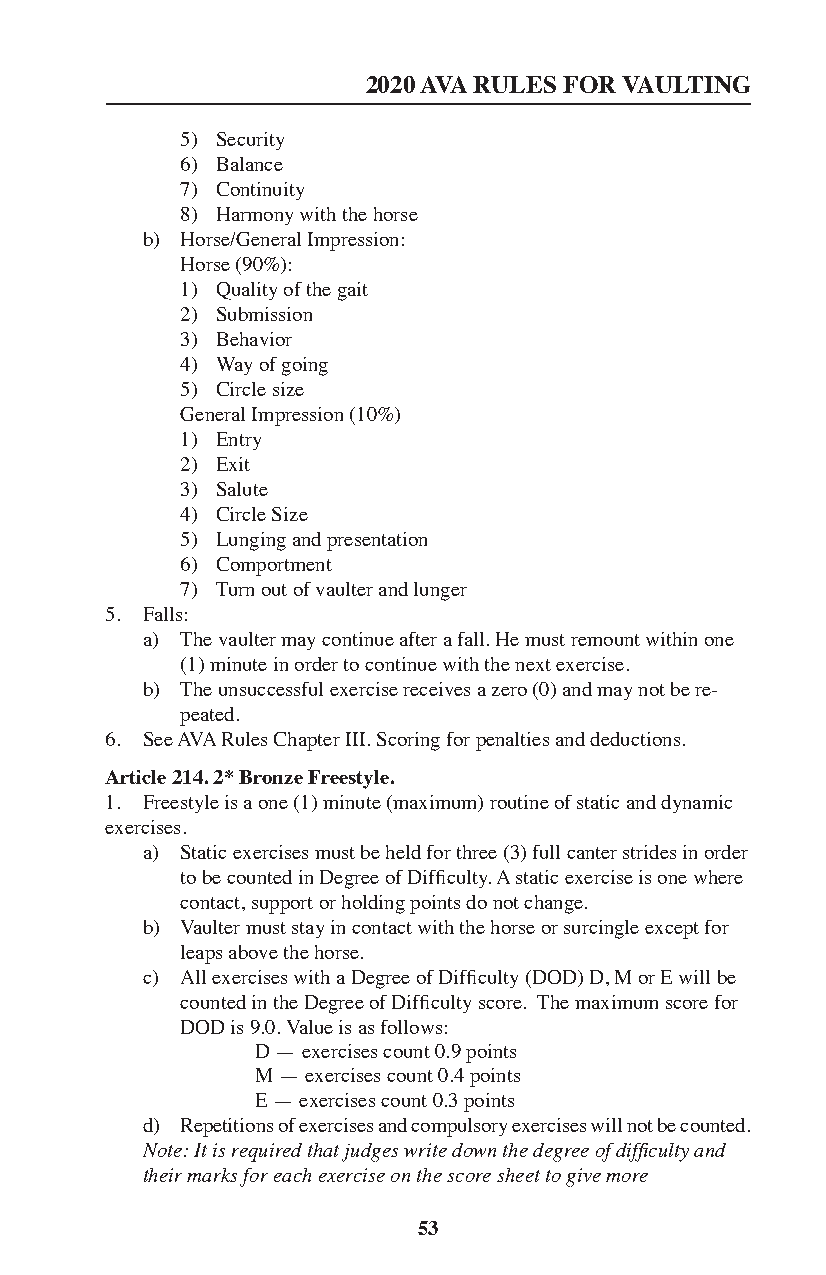
2020 AVA RULES FOR VAULTING
 5) Security
 6) Balance
 7) Continuity
 8) Harmony with the horse
 b) Horse/General Impression:
 Horse (90%):
 1) Quality of the gait
 2) Submission
 3) Behavior
 4) Way of going
 5) Circle size
 General Impression (10%)
 1) Entry
 2) Exit
 3) Salute
 4) Circle Size
 5) Lunging and presentation
 6) Comportment
 7) Turn out of vaulter and lunger
 5. Falls:
 a) The vaulter may continue after a fall. He must remount within one
 (1) minute in order to continue with the next exercise.
 b) The unsuccessful exercise receives a zero (0) and may not be re-
 peated.
 6. See AVA Rules Chapter III. Scoring for penalties and deductions.
 Article 214. 2* Bronze Freestyle.
 1. Freestyle is a one (1) minute (maximum) routine of static and dynamic
 exercises.
 a) Static exercises must be held for three (3) full canter strides in order
 to be counted in Degree of Difficulty. A static exercise is one where
 contact, support or holding points do not change.
 b) Vaulter must stay in contact with the horse or surcingle except for
 leaps above the horse.
 c) All exercises with a Degree of Difficulty (DOD) D, M or E will be
 counted in the Degree of Difficulty score. The maximum score for
 DOD is 9.0. Value is as follows:
 D — exercises count 0.9 points
 M — exercises count 0.4 points
 E — exercises count 0.3 points
 d) Repetitions of exercises and compulsory exercises will not be counted.
 Note: It is required that judges write down the degree of difficulty and
 their marks for each exercise on the score sheet to give more
 53